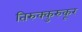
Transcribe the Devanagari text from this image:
तिरुक्कुरुकूर